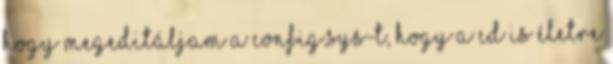
hogy megeditáljam a config.sys-t, hogy a CD is életre